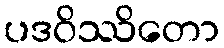
ပဒဝိဿိတော